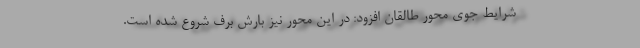
شرایط جوی محور طالقان افزود: در این محور نیز بارش برف شروع شده است.